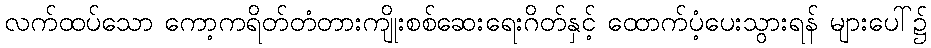
လက်ထပ်သော ကော့ကရိတ်တံတားကျိုးစစ်ဆေးရေးဂိတ်နှင့် ထောက်ပံ့ပေးသွားရန် များပေါ်၌